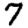
Digit: 7